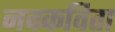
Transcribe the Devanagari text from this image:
नवकविता